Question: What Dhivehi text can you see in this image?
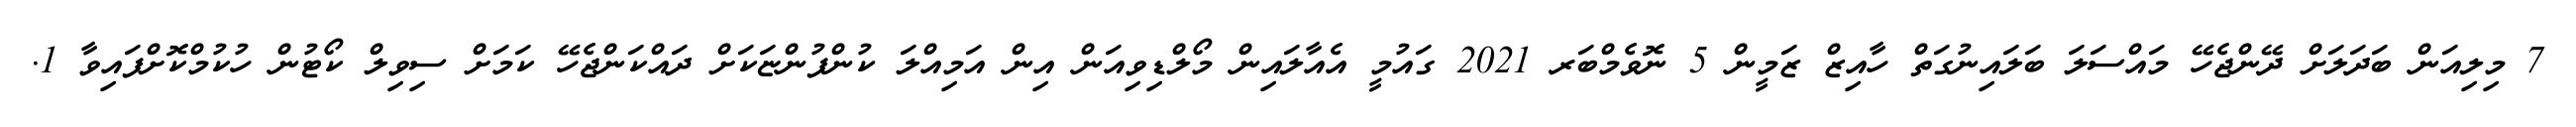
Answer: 7 މިލިއަން ބަދަލަށް ދޭންޖެހޭ މައްސަލަ ބަލައިނުގަތް ހާއިޒް ޒަމީން 5 ނޮވެމްބަރ 2021 ގައުމީ އެއާލައިން މޯލްޑިވިއަން އިން އަމިއްލަ ކުންފުންޏަކަށް ދައްކަންޖެހޭ ކަމަށް ސިވިލް ކޯޓުން ހުކުމްކޮށްފައިވާ 1.